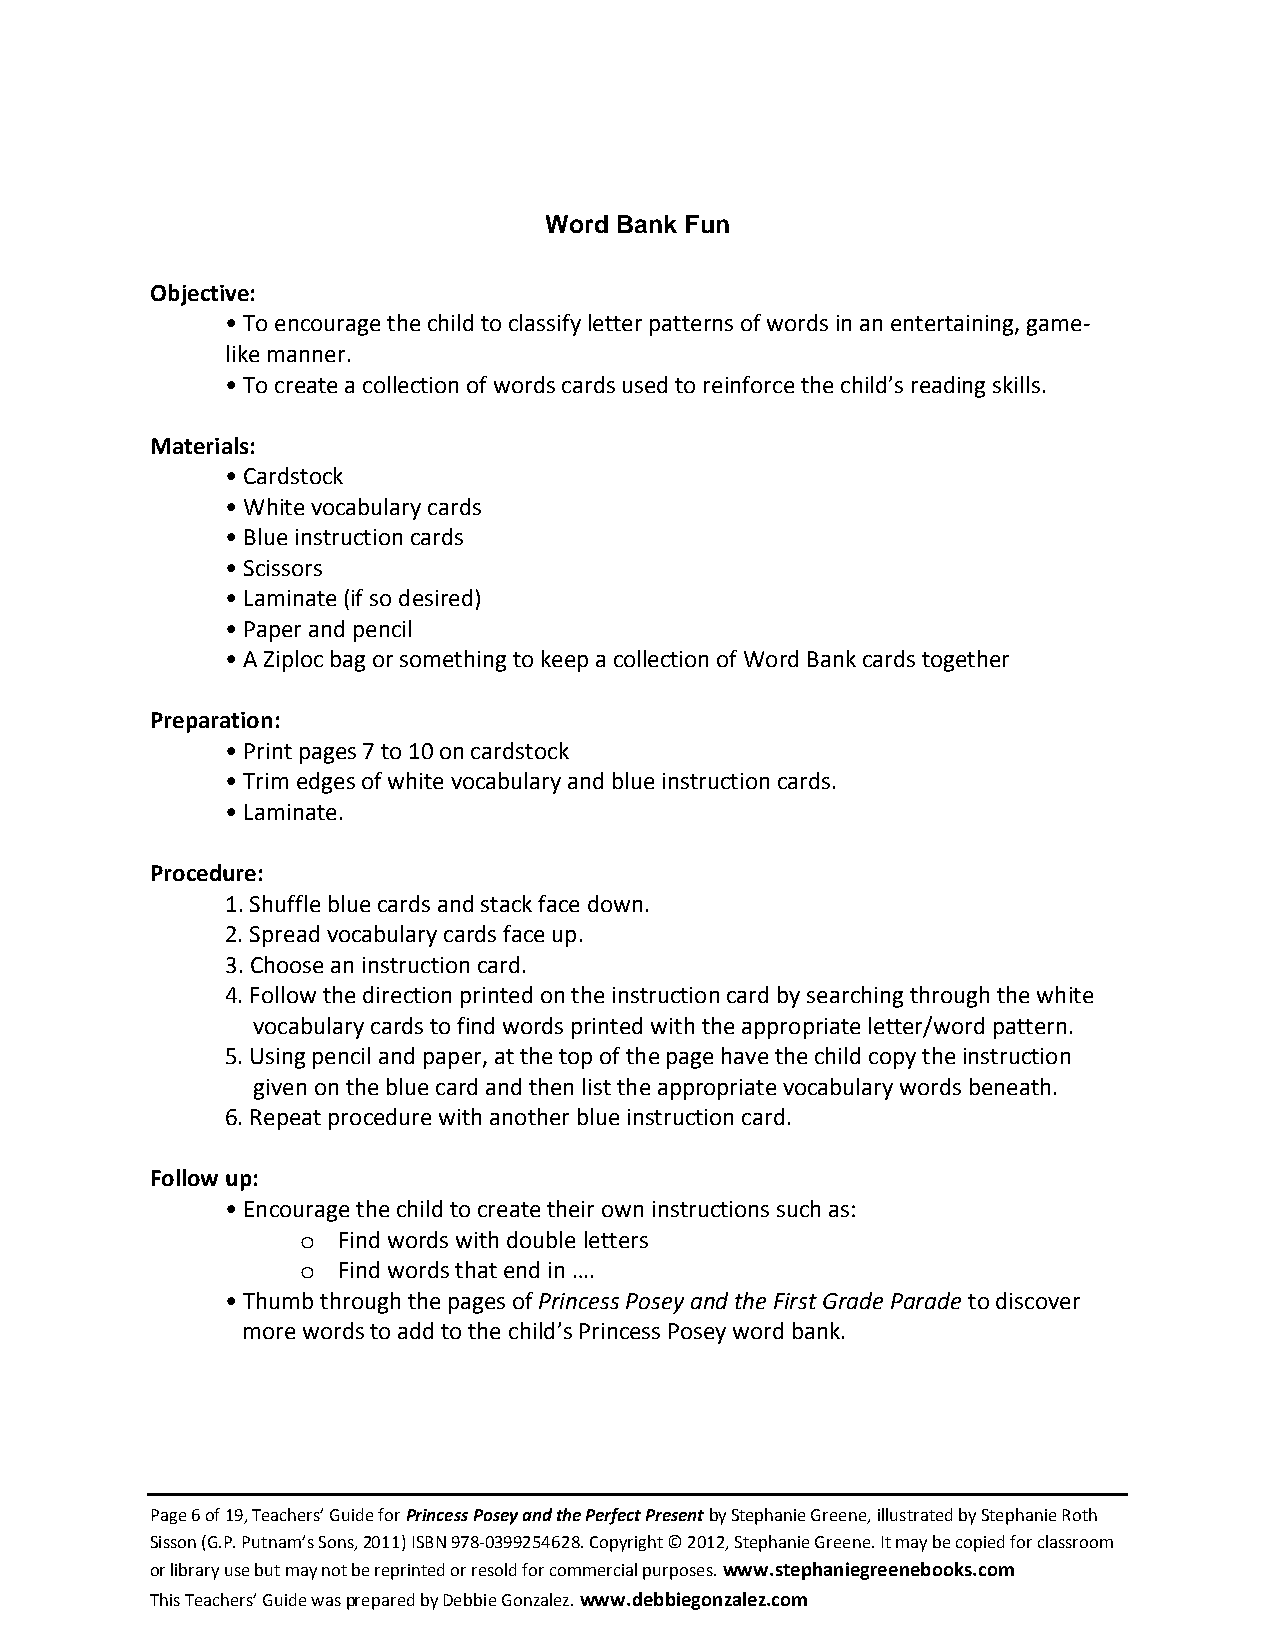
Word Bank Fun
 Objective:
 • To encourage the child to classify letter patterns of words in an entertaining, game-
 like manner.
 • To create a collection of words cards used to reinforce the child’s reading skills.
 Materials:
 • Cardstock
 • White vocabulary cards
 • Blue instruction cards
 • Scissors
 • Laminate (if so desired)
 • Paper and pencil
 • A Ziploc bag or something to keep a collection of Word Bank cards together
 Preparation:
 • Print pages 7 to 10 on cardstock
 • Trim edges of white vocabulary and blue instruction cards.
 • Laminate.
 Procedure:
 1. Shuffle blue cards and stack face down.
 2. Spread vocabulary cards face up.
 3. Choose an instruction card.
 4. Follow the direction printed on the instruction card by searching through the white
 vocabulary cards to find words printed with the appropriate letter/word pattern.
 5. Using pencil and paper, at the top of the page have the child copy the instruction
 given on the blue card and then list the appropriate vocabulary words beneath.
 6. Repeat procedure with another blue instruction card.
 Follow up:
 • Encourage the child to create their own instructions such as:
 Find words with double letters
 o
 Find words that end in ….
 o
 • Thumb through the pages of Princess Posey and the First Grade Parade to discover
 more words to add to the child’s Princess Posey word bank.
 Page 6 of 19, Teachers’ Guide for Princess Posey and the Perfect Present by Stephanie Greene, illustrated by Stephanie Roth
 Sisson (G.P. Putnam’s Sons, 2011) ISBN 978-0399254628. Copyright © 2012, Stephanie Greene. It may be copied for classroom
 or library use but may not be reprinted or resold for commercial purposes. www.stephaniegreenebooks.com
 This Teachers’ Guide was prepared by Debbie Gonzalez. www.debbiegonzalez.com